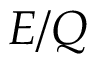
E / Q